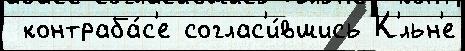
 контраба́с'е соглас'и́вшись К'́льн'е